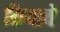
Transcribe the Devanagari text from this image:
कियाचे